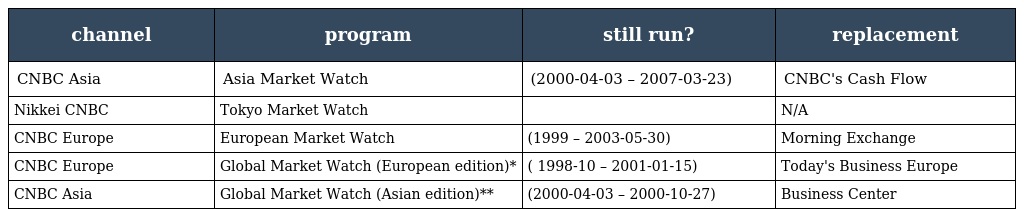
| channel | program | still run? | replacement |
 | --- | --- | --- | --- |
 | CNBC Asia | Asia Market Watch | (2000-04-03 – 2007-03-23) | CNBC's Cash Flow |
 | Nikkei CNBC | Tokyo Market Watch |  | N/A |
 | CNBC Europe | European Market Watch | (1999 – 2003-05-30) | Morning Exchange |
 | CNBC Europe | Global Market Watch (European edition)* | ( 1998-10 – 2001-01-15) | Today's Business Europe |
 | CNBC Asia | Global Market Watch (Asian edition)** | (2000-04-03 – 2000-10-27) | Business Center |